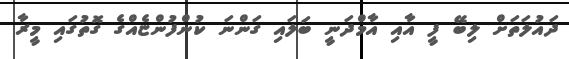
ދައުލަތަށް ލިބޭ ފީ އާއި އާމްދަނީީ ބަލައި ގަންނަ ކުންފުންޏެއްގެ ގޮތުގައި މީރާ